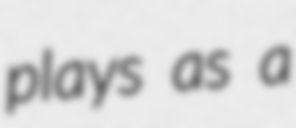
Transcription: plays as a